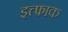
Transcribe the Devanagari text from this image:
इत्त्फाक